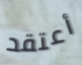
أعتقد